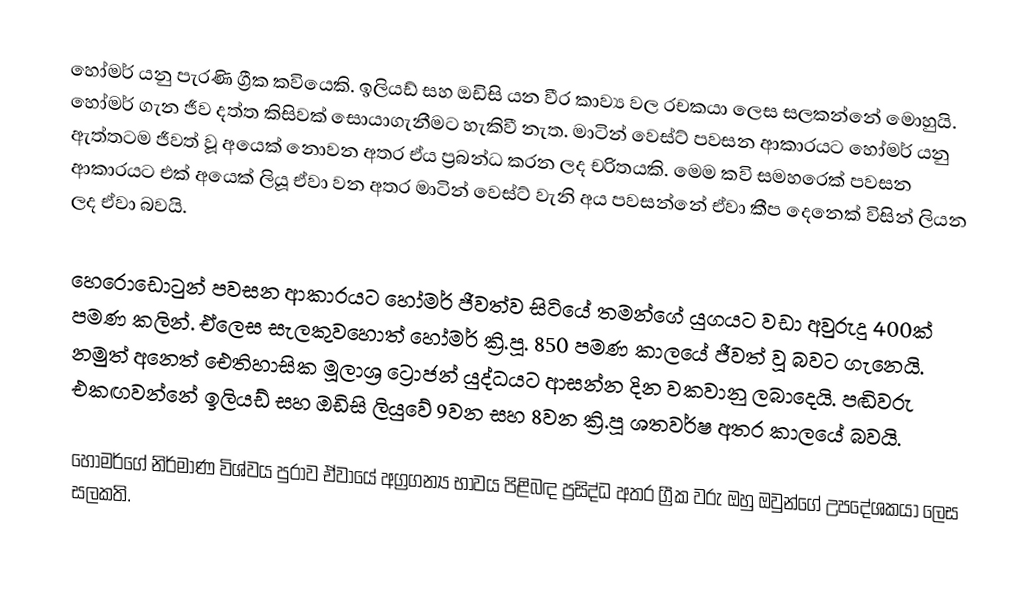
හෝමර් යනු පැරණි ග්‍රීක කවියෙකි. ඉලියඩ් සහ ඔඩිසි යන වීර කාව්‍ය වල රචකයා ලෙස සලකන්නේ මොහුයි. හෝමර් ගැන ජීව දත්ත කිසිවක් සොයාගැනීමට හැකිවී නැත. මාටින් වෙස්ට් පවසන ආකාරයට හෝමර් යනු ඇත්තටම ජීවත් වූ අයෙක් නොවන අතර ඒය ප්‍රබන්ධ කරන ලද චරිතයකි. මෙම කවි සමහරෙක් පවසන ආකාරයට එක් අයෙක් ලියූ ඒවා වන අතර මාටින් වෙස්ට් වැනි අය පවසන්නේ ඒවා කීප දෙනෙක් විසින් ලියන ලද ඒවා බවයි.

හෙරොඩොටුන් පවසන ආකාරයට හෝමර් ජීවත්ව සිටියේ තමන්ගේ යුගයට වඩා අවුරුදු 400ක් පමණ කලින්. ඒලෙස සැලකුවහොත් හෝමර් ක්‍රි.පූ. 850 පමණ කාලයේ ජීවත් වූ බවට ගැනෙයි. නමුත් අනෙත් ඓතිහාසික මූලාශ්‍ර ට්‍රොජන් යුද්ධයට ආසන්න දින වකවානු ලබාදෙයි. පඬිවරු එකඟවන්නේ ඉලියඩ් සහ ඔඩිසි  ලියුවේ 9වන සහ 8වන ක්‍රි.පූ ශතවර්ෂ අතර කාලයේ බවයි.

හෝමර්ගේ නිර්මාණ විශ්වය පුරාව ඒවායේ අග්‍රගන්‍ය භාවය පිළිබඳ ප්‍රසිද්ධ අතර ග්‍රීක වරු ඔහු ඔවුන්ගේ උපදේශකයා ලෙස සලකති.